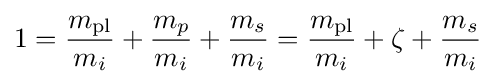
1={\frac {m_{\text{pl}}}{m_{i}}}+{\frac {m_{p}}{m_{i}}}+{\frac {m_{s}}{m_{i}}}={\frac {m_{\text{pl}}}{m_{i}}}+\zeta +{\frac {m_{s}}{m_{i}}}